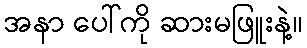
အနာ ပေါ်ကို ဆားမဖြူးနဲ့။